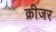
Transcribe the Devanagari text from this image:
क्रीजर